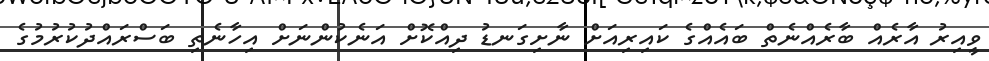
ވީއިރު އާރެއް ބާރެއްނެތް ބައެއްގެ ކައިރިއަށް ނާށިގަނޑު ދިއްކޮށް އަނެކުންނަށް އިހާނެތި ބަސްރައްދުކުރުމުގެ